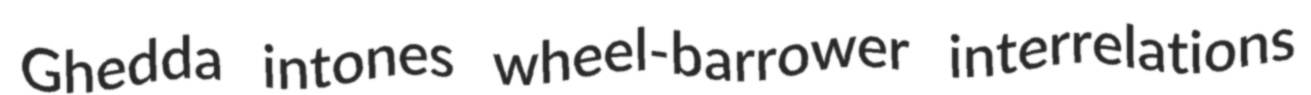
Ghedda intones wheel-barrower interrelations